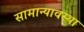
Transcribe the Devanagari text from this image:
सामान्यावस्था